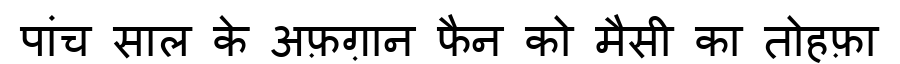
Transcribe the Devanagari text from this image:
पांच साल के अफ़ग़ान फैन को मैसी का तोहफ़ा